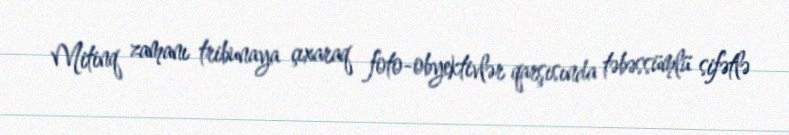
Mitinq zamanı tribunaya çıxaraq foto-obyektivlər qarşısında təbəssümlü sifətlə